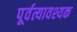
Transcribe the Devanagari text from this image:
पूर्वत्यावश्यक